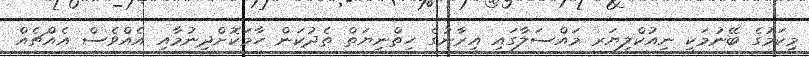
މިކަމުގެ ބޭނުމަކީ ނިއުކްލިޔަރ މައްސަލާގައި އީރާނުގެ ހިތްނިޔަތް ތެދުކަން ހާމަކޮށްދިނުމާއި އެއްވެސް އެއްޗެއް